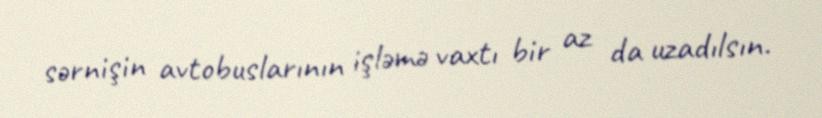
sərnişin avtobuslarının işləmə vaxtı bir az da uzadılsın.